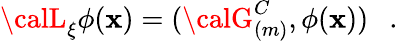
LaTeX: {\calL}_{\xi}\phi(\mathbf{x})=({\calG}_{(m)}^{C},\phi(\mathbf{x}))~~~.